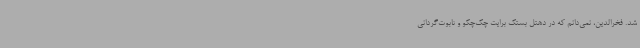
شد. فخر‌الدین، نمی‌دانم که در دهتل بستک برایت چک‌چکو و تابوت‌گردانی